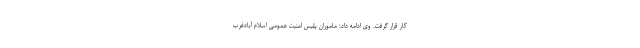
کار قرار گرفت. وی ادامه داد: ماموران پلیس امنیت عمومی اسلام آبادغرب